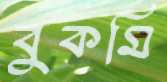
বুকমি